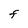
Character: F